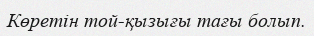
Көретін той-қызығы тағы болып.